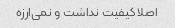
اصلا کیفیت نداشت و نمی‌ارزه